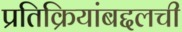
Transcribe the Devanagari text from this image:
प्रतिक्रियांबद्दलची